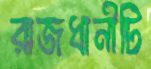
রাজধানীটি